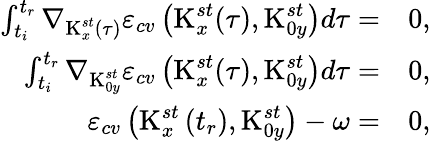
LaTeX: \begin{array}{rl}{\int_{t_{i}}^{t_{r}}\nabla_{\textrm{K}_{x}^{st}(\tau)}\varepsilon_{cv}\left(\textrm{K}_{x}^{st}(\tau),\textrm{K}_{0y}^{st}\right)d\tau=}&{{}0,}\\ {\int_{t_{i}}^{t_{r}}\nabla_{\textrm{K}_{0y}^{st}}\varepsilon_{cv}\left(\textrm{K}_{x}^{st}(\tau),\textrm{K}_{0y}^{st}\right)d\tau=}&{{}0,}\\ {\varepsilon_{cv}\left(\textrm{K}_{x}^{st}\left(t_{r}\right),\textrm{K}_{0y}^{st}\right)-\omega=}&{{}0,}\end{array}